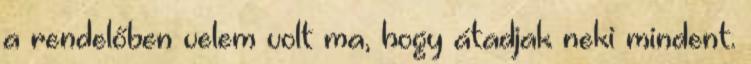
a rendelőben velem volt ma, hogy átadjak neki mindent.